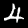
Label: 4